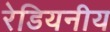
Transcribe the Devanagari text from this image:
रेडियनीय